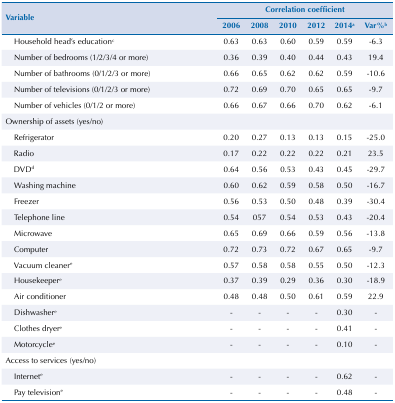
| <ROWSPAN=3> Variable | <COLSPAN=6> Correlation coefficient |
 | 2006 | 2008 | 2010 | 2012 | 2014a | Var%b |
 | --- | --- | --- | --- | --- | --- | --- |
 | Household head’s educationc | 0.63 | 0.63 | 0.60 | 0.59 | 0.59 | -6.3 |
 | Number of bedrooms (1/2/3/4 or more) | 0.36 | 0.39 | 0.40 | 0.44 | 0.43 | 19.4 |
 | Number of bathrooms (0/1/2/3 or more) | 0.66 | 0.65 | 0.62 | 0.62 | 0.59 | -10.6 |
 | Number of televisions (0/1/2/3 or more) | 0.72 | 0.69 | 0.70 | 0.65 | 0.65 | -9.7 |
 | Number of vehicles (0/1/2 or more) | 0.66 | 0.67 | 0.66 | 0.70 | 0.62 | -6.1 |
 | Ownership of assets (yes/no) |  |  |  |  |  |  |
 | Refrigerator | 0.20 | 0.27 | 0.13 | 0.13 | 0.15 | -25.0 |
 | Radio | 0.17 | 0.22 | 0.22 | 0.22 | 0.21 | 23.5 |
 | DVDd | 0.64 | 0.56 | 0.53 | 0.43 | 0.45 | -29.7 |
 | Washing machine | 0.60 | 0.62 | 0.59 | 0.58 | 0.50 | -16.7 |
 | Freezer | 0.56 | 0.53 | 0.50 | 0.48 | 0.39 | -30.4 |
 | Telephone line | 0.54 | 057 | 0.54 | 0.53 | 0.43 | -20.4 |
 | Microwave | 0.65 | 0.69 | 0.66 | 0.59 | 0.56 | -13.8 |
 | Computer | 0.72 | 0.73 | 0.72 | 0.67 | 0.65 | -9.7 |
 | Vacuum cleanere | 0.57 | 0.58 | 0.58 | 0.55 | 0.50 | -12.3 |
 | Housekeepere | 0.37 | 0.39 | 0.29 | 0.36 | 0.30 | -18.9 |
 | Air conditioner | 0.48 | 0.48 | 0.50 | 0.61 | 0.59 | 22.9 |
 | Dishwashere | - | - | - | - | 0.30 | - |
 | Clothes dryere | - | - | - | - | 0.41 | - |
 | Motorcyclee | - | - | - | - | 0.10 | - |
 | Access to services (yes/no) |  |  |  |  |  |  |
 | Internete | - | - | - | - | 0.62 | - |
 | Pay televisione | - | - | - | - | 0.48 | - |